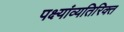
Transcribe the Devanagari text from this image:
पक्ष्यांव्यतिरिक्त